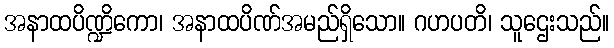
အနာထပိဏ္ဍိကော၊ အနာထပိဏ်အမည်ရှိသော။ ဂဟပတိ၊ သူဌေးသည်။